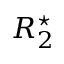
R _ { 2 } ^ { \star }